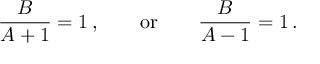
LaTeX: { \frac { B } { A + 1 } } = 1 \, , \qquad \mathrm { o r } \qquad { \frac { B } { A - 1 } } = 1 \, .